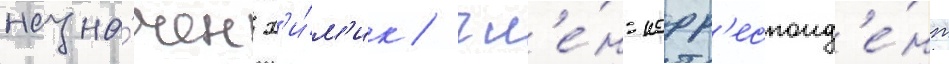
назна́чен х'и́м'ик / чл'е́н-корр'еспонд'е́нт